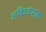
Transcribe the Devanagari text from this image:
अविध्वंसक